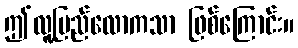
ဤလူ့ပြည်လောကသာ ဖြစ်ကြောင်း။